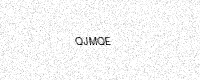
Text: QJMQE